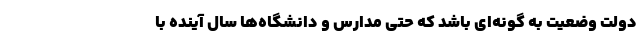
دولت وضعیت به گونه‌ای باشد که حتی مدارس و دانشگاه‌ها سال آینده با